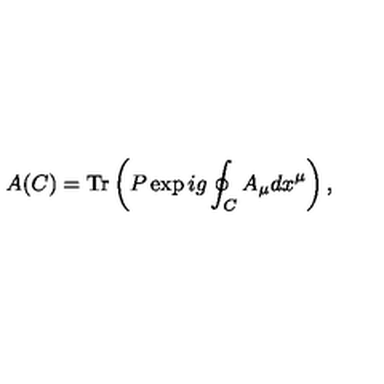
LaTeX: A ( C ) = \mathrm { T r } \left( P \exp i g \oint _ { C } A _ { \mu } d x ^ { \mu } \right) ,